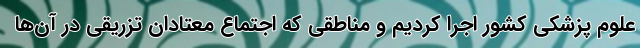
علوم پزشکی کشور اجرا کردیم و مناطقی که اجتماع معتادان تزریقی در آن‌‌ها